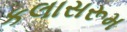
કલાસરૂમ